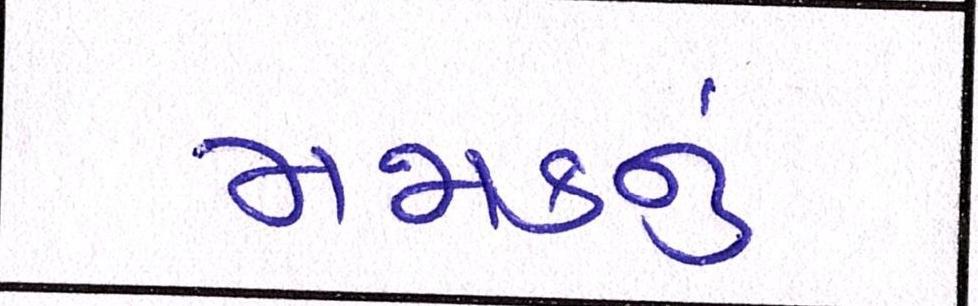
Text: મજાકનું